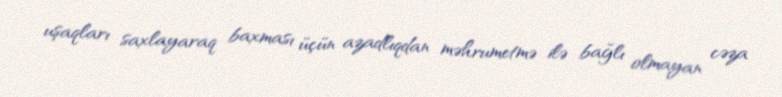
uşaqları saxlayaraq baxması üçün azadlıqdan məhrumetmə ilə bağlı olmayan cəza